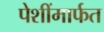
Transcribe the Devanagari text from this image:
पेशींमार्फत